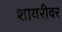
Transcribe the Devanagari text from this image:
शायरीवर